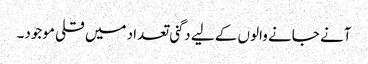
آنے جانے والوں کے لیے دگنی تعداد میں قلی موجود۔